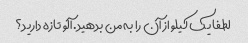
لطفا یک کیلو از آن را به من بدهید. آلو تازه دارید؟